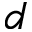
d